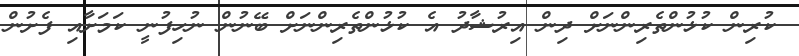
ކުރިން ކުޅުންތެރިންނަށް ދިން އިރުޝާދު އެ ކުޅުންތެރިންނަށް ބޭނުން ނުހިފުނީ ކަމަށާއި ފެށުން